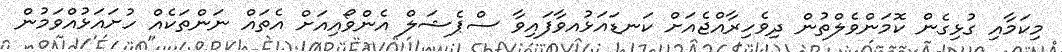
މިކަމާއި ގުޅިގެން ކޮމަންވެލްތުން ދިވެހިރާއްޖެއަށް ކަނޑައަޅުއވާފައިވާ ސްޕެޝަލް އެންވޯއިއަށް އެތައް ނަންތަކެއް ހުށައަޅުއްވަމުން